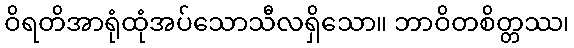
ဝိရတိအာရုံထုံအပ်သောသီလရှိသော။ ဘာဝိတစိတ္တဿ၊